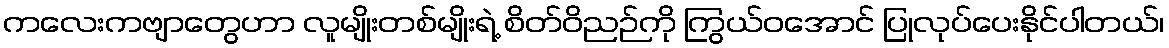
ကလေးကဗျာတွေဟာ လူမျိုးတစ်မျိုးရဲ့ စိတ်ဝိညဉ်ကို ကြွယ်ဝအောင် ပြုလုပ်ပေးနိုင်ပါတယ်၊